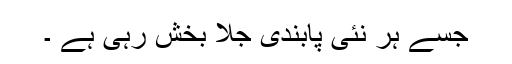
جسے ہر نئی پابندی جلا بخش رہی ہے ۔